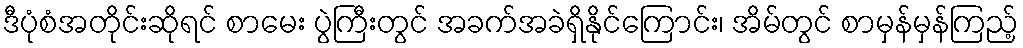
ဒီပုံစံအတိုင်းဆိုရင် စာမေး ပွဲကြီးတွင် အခက်အခဲရှိနိုင်ကြောင်း၊ အိမ်တွင် စာမှန်မှန်ကြည့်